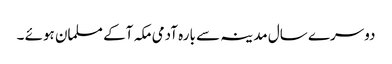
دوسرے سال مدینہ سے بارہ آدمی مکہ آکے مسلمان ہوئے ۔